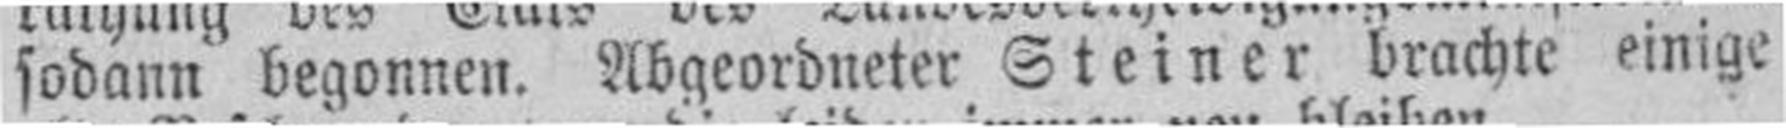
sodann begonnen. Abgeordneter Steiner brachte einige